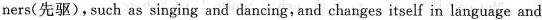
ners(先驱),such as singing and dancing,and changes itself in language and